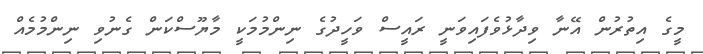
މީގެ އިތުރުން އޭނާ ވިދާޅުވެފައިވަނީ ރައީސް ވަހީދުގެ ނިންމުމަކީ މާޔޫސްކަން ގެނުވި ނިންމުމެއް